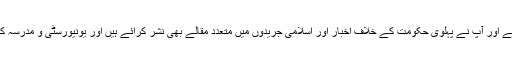
یہ درس و بحث کے ساتھ ساتھ مقرر بھی تھے اور آپ نے پہلوی حکومت کے خلاف اخبار اور اسلامی جریدوں میں متعدد مقالے بھی نشر کرائے ہیں اور یونیورسٹی و مدرسہ کے بچوں کو جذب کرنے کا کام بھی کیا ہے۔